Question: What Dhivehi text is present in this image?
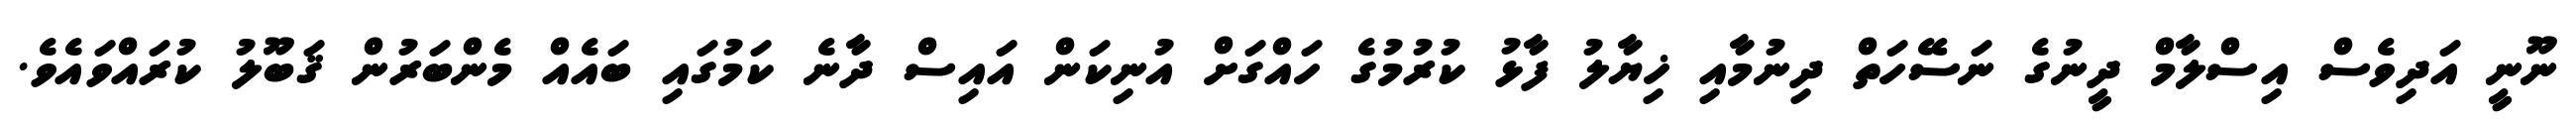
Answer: ނޫނީ އަދިވެސް އިސްލާމް ދީނުގެ ނަސޭހަތް ދިނުމާއި ޚިޔާލު ފާޅު ކުރުމުގެ ހައްގަށް އުނިކަން އައިސް ދާނެ ކަމުގައި ބައެއް މެންބަރުން ޤަބޫލު ކުރައްވައެވެ.